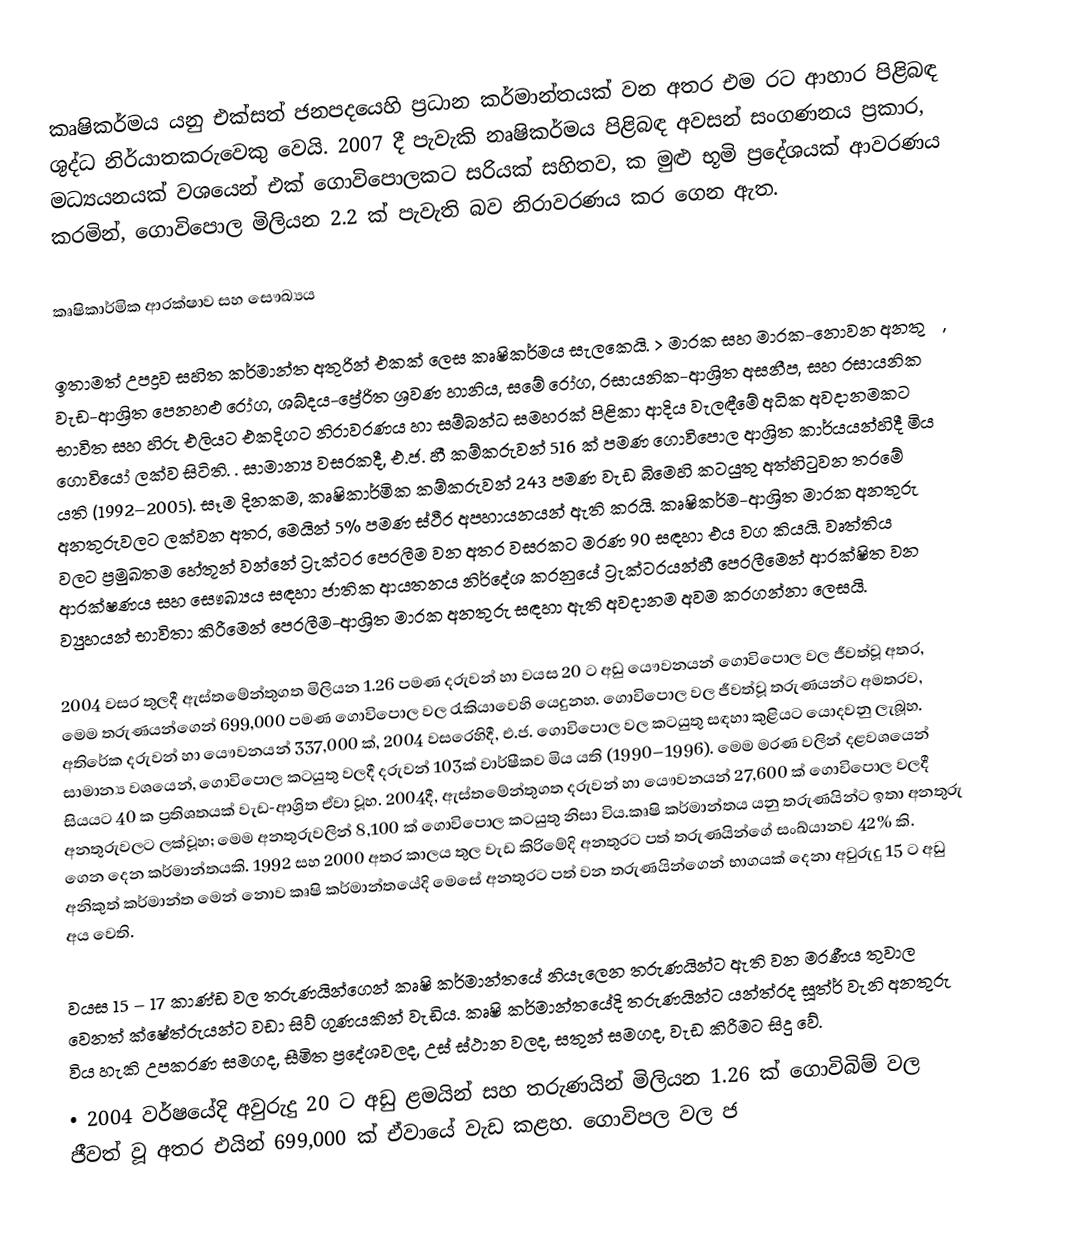
කෘෂිකර්මය යනු  එක්සත් ජනපදයෙහි ප්‍රධාන කර්මාන්තයක් වන අතර එම රට ආහාර පිළිබඳ ශුද්ධ නිර්යාතකරුවෙකු වෙයි.  2007 දී පැවැකි නෘෂිකර්මය පිළිබඳ අවසන් සංගණනය ප්‍රකාර, මධ්‍යයනයක් වශයෙන් එක් ගොවිපොලකට  සරියක් සහිතව,  ක  මුළු භූමි ප්‍රදේශයක් ආවරණය කරමින්, ගොවිපොල මිලියන 2.2 ක් පැවැති බව නිරාවරණය කර ගෙන ඇත.

කෘෂිකාර්මික ආරක්ෂාව සහ සෞඛ්‍යය

ඉතාමත් උපද්‍රව සහිත කර්මාන්ත අතුරින් එකක් ලෙස කෘෂිකර්මය සැලකෙයි. > මාරක සහ මාරක-නොවන අනතුරු, වැඩ-ආශ්‍රිත පෙනහළු රෝග, ශබ්දය-ප්‍රේරිත ශ්‍රවණ හානිය, සමේ රෝග, රසායනික-ආශ්‍රිත අසනීප, සහ රසායනික භාවිත සහ හිරු එලියට එකදිගට නිරාවරණය හා සම්බන්ධ සමහරක් පිළිකා ආදිය වැලඳීමේ අධික අවදානමකට ගොවියෝ ලක්ව සිටිති. . සාමාන්‍ය වසරකදී,  එ.ජ. හී කම්කරුවන් 516 ක් පමණ ගොවිපොල ආශ්‍රිත කාර්යයන්හිදී මිය යති (1992–2005). සෑම දිනකම, කෘෂිකාර්මික කම්කරුවන් 243 පමණ  වැඩ බිමෙහි කටයුතු අත්හිටුවන තරමේ  අනතුරුවලට ලක්වන අතර, මෙයින් 5% පමණ ස්ථීර  අපහායනයන් ඇති කරයි.  කෘෂිකර්ම-ආශ්‍රිත මාරක අනතුරු වලට ප්‍රමුඛතම හේතූන් වන්නේ ට්‍රැක්ටර පෙරලීම වන අතර වසරකට මරණ 90 සඳහා එය වග කියයි. වෘත්තිය ආරක්ෂණය සහ සෞඛ්‍යය සඳහා ජාතික ආයතනය නිර්දේශ කරනුයේ ට්‍රැක්ටරයන්හී  පෙරලීමෙන් ආරක්ෂිත වන ව්‍යුහයන් භාවිතා කිරීමෙන් පෙරලීම-ආශ්‍රිත මාරක අනතුරු සඳහා ඇති අවදානම අවම කරගන්නා ලෙසයි.

2004 වසර තුලදී ඇස්තමේන්තුගත මිලියන 1.26 පමණ දරුවන් හා වයස 20 ට අඩු යෞවනයන්  ගොවිපොල වල ජීවත්වූ අතර, මෙම තරුණයන්ගෙන් 699,000 පමණ ගොවිපොල වල රැකියාවෙහි යෙදුනහ. ගොවිපොල වල ජීවත්වූ තරුණයන්ට අමතරව, අතිරේක දරුවන් හා යෞවනයන් 337,000 ක්,  2004 වසරෙහිදී,   එ.ජ. ගොවිපොල වල කටයුතු සඳහා කුළියට යොදවනු ලැබූහ. සාමාන්‍ය වශයෙන්, ගොවිපොල කටයුතු වලදී දරුවන් 103ක් වාර්ෂීකව මිය යති (1990–1996). මෙම මරණ වලින් දළවශයෙන්  සියයට 40 ක ප්‍රතිශතයක්  වැඩ-ආශ්‍රිත ඒවා වූහ.  2004දී, ඇස්තමේන්තුගත දරුවන් හා යෞවනයන් 27,600 ක් ගොවිපොල වලදී අනතුරුවලට ලක්වූහ; මෙම අනතුරුවලින් 8,100 ක් ගොවිපොල කටයුතු නිසා විය.කෘෂි කර්මාන්තය යනු තරුණයින්ට ඉතා අනතුරු ගෙන දෙන කර්මාන්තයකි. 1992 සහ 2000 අතර කාලය තුල වැඩ කිරිමේදි අනතුරට පත් තරුණයින්ගේ සංඛ්යානව 42% කි. අනිකුත් කර්මාන්ත මෙන් නොව කෘෂි කර්මාන්තයේදි මෙසේ අනතුරට පත් වන තරුණයින්ගෙන් භාගයක් දෙනා අවුරුදු 15 ට අඩු අය වෙති.

වයස 15 – 17 කාණ්ඩ වල තරුණයින්ගෙන් කෘෂි කර්මාන්තයේ නියැලෙන තරුණයින්ට ඇති වන මරණීය තුවාල වෙනත් ක්ෂේත්රුයන්ට වඩා සිව් ගුණයකින් වැඩිය. කෘෂි කර්මාන්තයේදි තරුණයින්ට යන්ත්රද සූත්ර් වැනි අනතුරු විය හැකි උපකරණ සමගද, සීමිත ප්‍රදේශවලද, උස් ස්ථාන වලද, සතුන් සමගද, වැඩ කිරීමට සිදු වේ.
•	2004 වර්ෂයේදි අවුරුදු 20 ට අඩු ළමයින් සහ තරුණයින් මිලියන 1.26 ක් ගොවිබිම් වල ජීවත් වූ අතර එයින් 699,000 ක් ඒවායේ වැඩ කළහ. ගොවිපල වල ජ